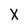
Character: X